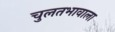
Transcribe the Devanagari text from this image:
चुलतभावाला